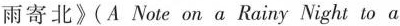
雨寄北》(A Note on a Rainy Night to a